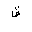
Letter: _qaf